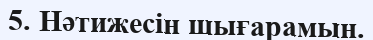
5. Нәтижесін шығарамын.